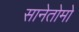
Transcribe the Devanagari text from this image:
सानेतोमो